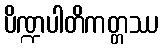
ပိဏ္ဍပါတိကတ္တဿ